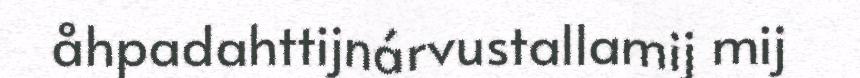
åhpadahttijnárvustallamij mij